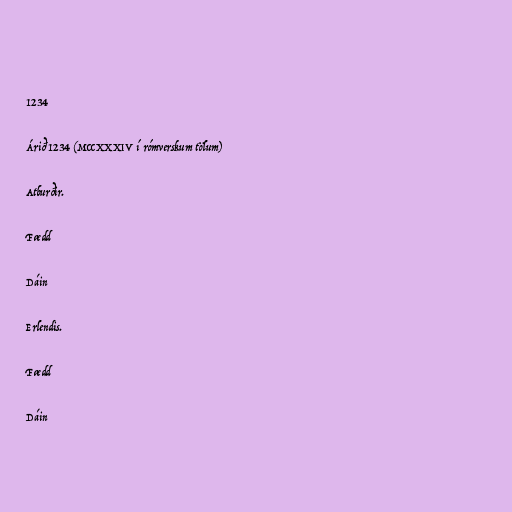
1234

Árið 1234 (MCCXXXIV í rómverskum tölum)

Atburðir.

Fædd

Dáin

Erlendis.

Fædd

Dáin